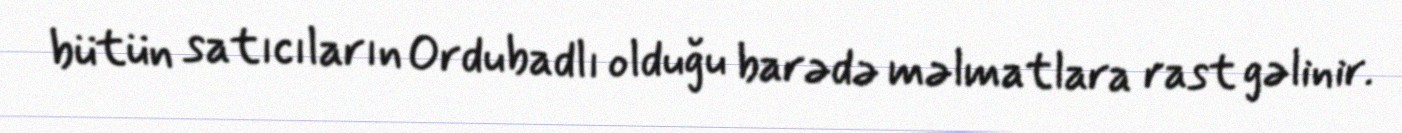
bütün satıcıların Ordubadlı olduğu barədə məlmatlara rast gəlinir.